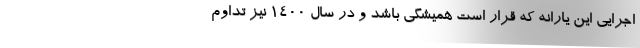
اجرایی این یارانه که قرار است همیشگی باشد و در سال ۱۴۰۰ نیز تداوم